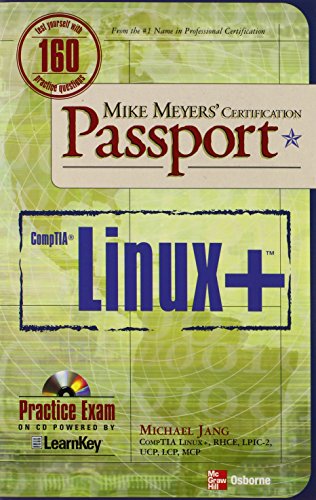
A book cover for Mike Meyers' Linux+ Certification Passport (Mike Meyers' Certficiation Passport); Michael Jang; Computers & Technology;